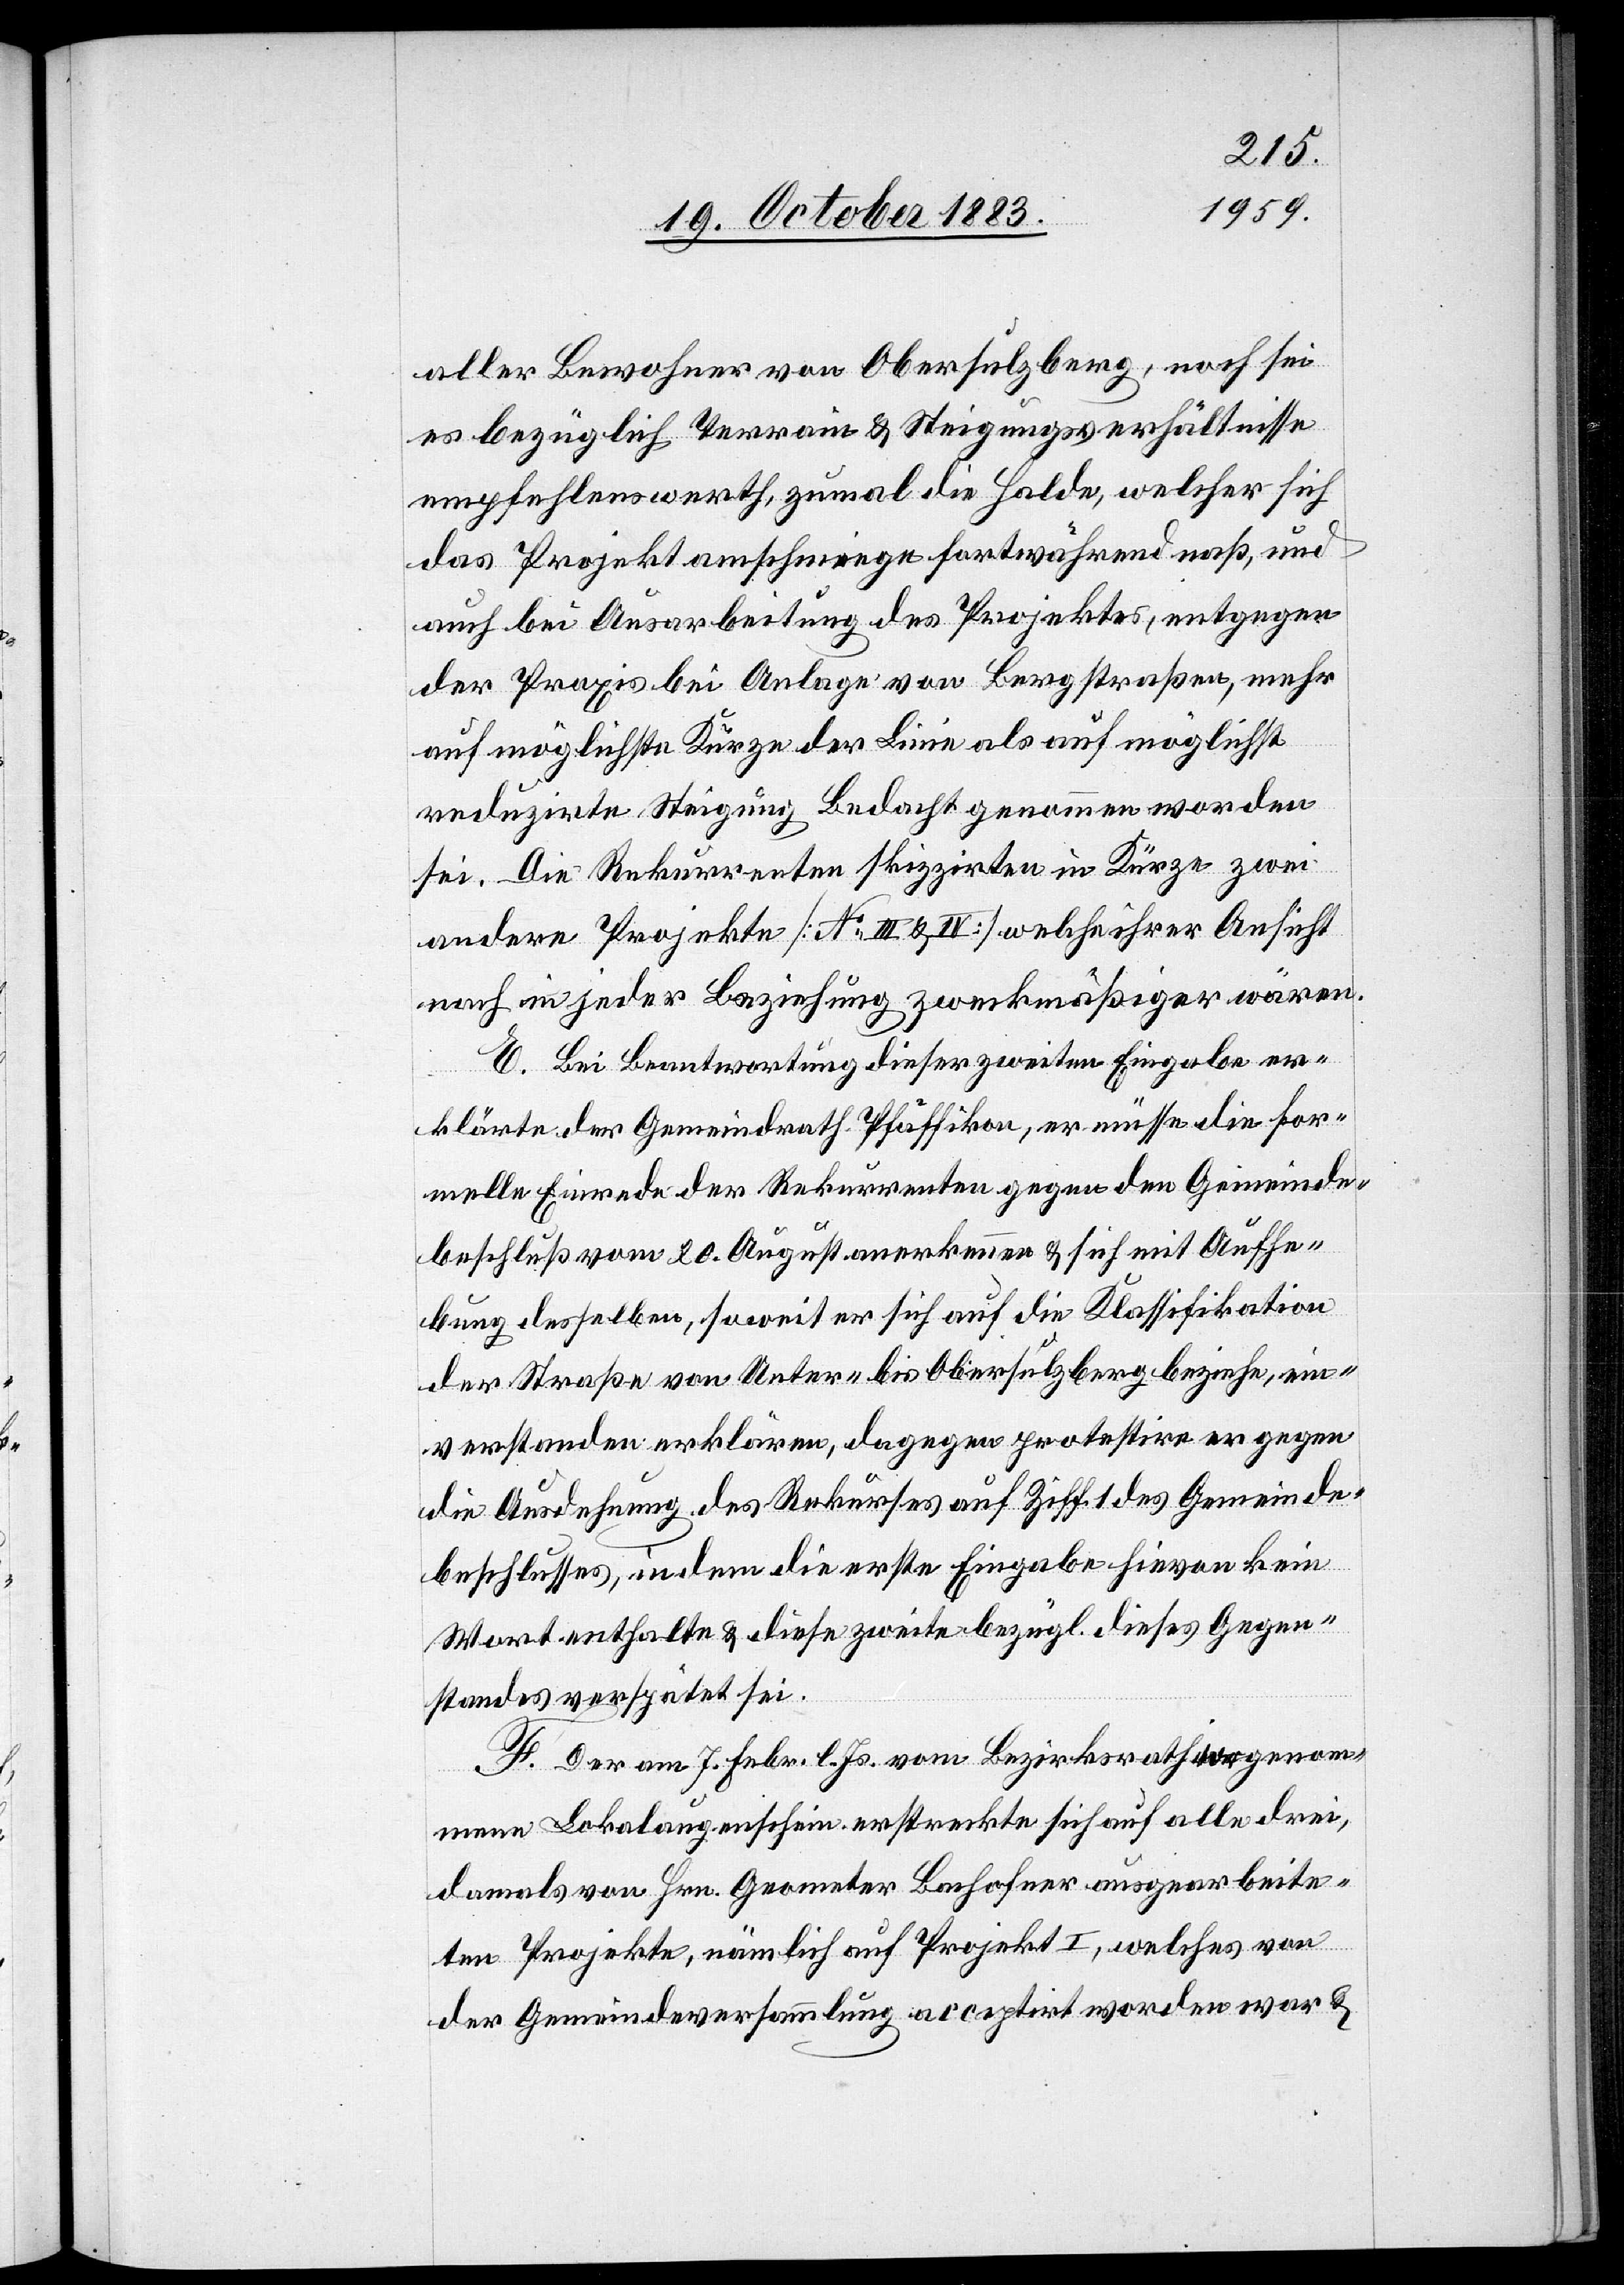
aller Bewohner von Obersulzberg, noch sei
es bezüglich Terrain & Steigungsverhältnisse
empfehlenswerth, zumal die Halde, welcher sich
das Projekt anschmiege fortwährend naß, und
auch bei Ausarbeitung des Projektes, entgegen
der Praxis bei Anlage von Bergstraßen, mehr
auf möglichste Kürze der Linie als auf möglichst
reduzirte Steigung Bedacht genommen worden
sei. Die Rekurrenten skizzirten in Kürze zwei
andere Projekte [No III. & IV] welche ihrer Ansicht
nach in jeder Beziehung zweckmäßiger wären.
E. Bei Beantwortung dieser zweiten Eingabe er¬
klärte der Gemeindrath Pfäffikon, er müsse die for¬
melle Einrede der Rekurrenten gegen den Gemeinde¬
beschluß vom 20. August anerkennen & sich mit Aufhe¬
bung desselben, soweit er sich auf die Klassifikation
der Straße von Unter- bis Obersulzberg beziehe, ein¬
verstanden erklären, dagegen protestire er gegen
die Ausdehnung des Rekurses auf Ziff. 1 des Gemeinde¬
beschlusses, indem die erste Eingabe hievon kein
Wort enthalte & diese zweite bezügl. dieses Gegen¬
standes verspätet sei.
F. Der am 7. Febr. l. Js. vom Bezirksrath vorgenom¬
mene Lokalaugenschein erstrecke sich auf alle drei,
damals von Hrn. Geometer Bachofner ausgearbeite¬
ten Projekte, nämlich auf Projekt I, welches von
der Gemeindeversammlung acceptirt worden war &